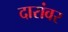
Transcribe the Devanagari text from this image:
दारांवर